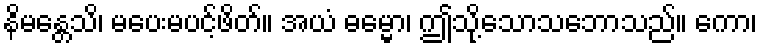
နိမန္တေသိ၊ မပေးမပင့်ဖိတ်။ အယံ ဓမ္မော၊ ဤသို့သောသဘောသည်။ ကော၊